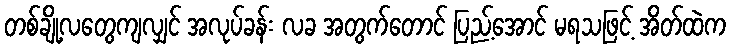
တစ်ချို့လတွေကျလျှင် အလုပ်ခန်း လခ အတွက်တောင် ပြည့်အောင် မရသဖြင့် အိတ်ထဲက